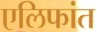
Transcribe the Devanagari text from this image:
एलिफांत